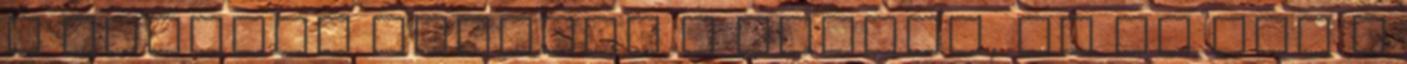
a közepén vagyunk a télnek, és ők már a